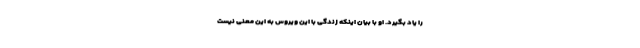
را یاد بگیرد. او با بیان اینکه زندگی با این ویروس به این معنی نیست